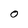
Character: O